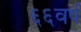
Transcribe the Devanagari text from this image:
६६वर्ष